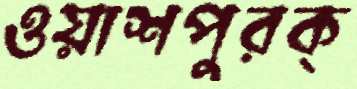
ওয়াশপুরক্